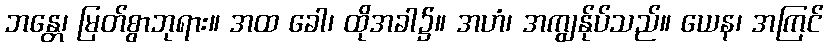
ဘန္တေ၊ မြတ်စွာဘုရား။ အထ ခေါ၊ ထိုအခါ၌။ အဟံ၊ အကျွန်ုပ်သည်။ ယေန၊ အကြင်